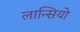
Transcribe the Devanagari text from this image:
लान्सियो